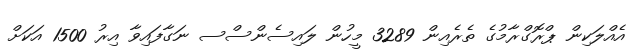
އެއްލަކިން ޕްރޮގްރާމުގެ ތެރެއިން 3289 މީހުން ލައިސެންސްސ ނަގާފައިވާ އިރު 1500 އަކަށް